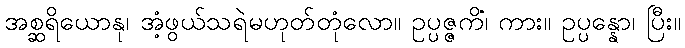
အစ္ဆရိယောနု၊ အံ့ဖွယ်သရဲမဟုတ်တုံလော။ ဥပ္ပဇ္ဇကိံ၊ ကား။ ဥပ္ပန္နော၊ ပြီး။